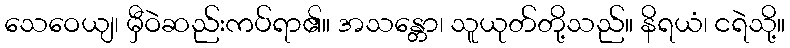
သေဝေယျ၊ မှီဝဲဆည်းကပ်ရာ၏။ အသန္တော၊ သူယုတ်တို့သည်။ နိရယံ၊ ငရဲသို့။